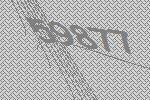
59877